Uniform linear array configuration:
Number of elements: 12
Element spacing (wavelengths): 1
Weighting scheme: exponential
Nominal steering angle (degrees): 30
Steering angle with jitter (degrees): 30.386
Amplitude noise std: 0.05
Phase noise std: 0.05

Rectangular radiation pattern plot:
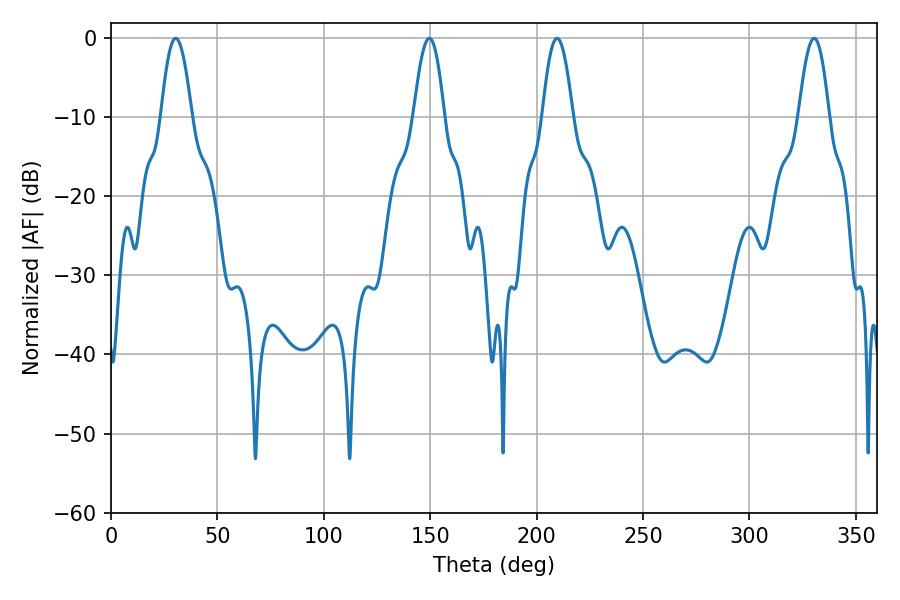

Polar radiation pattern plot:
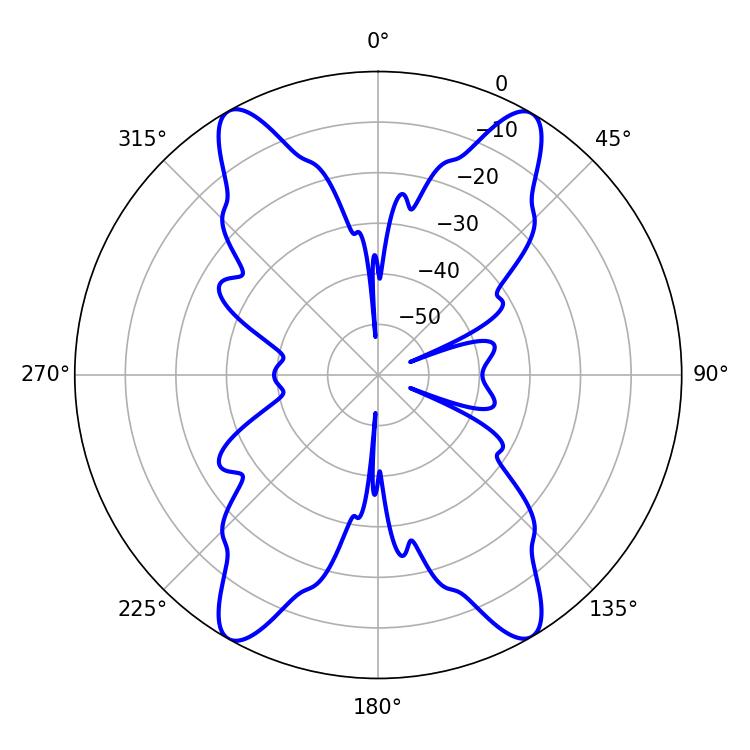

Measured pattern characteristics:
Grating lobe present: TRUE
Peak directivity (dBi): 27.102
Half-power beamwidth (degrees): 7.74
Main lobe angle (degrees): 30.42